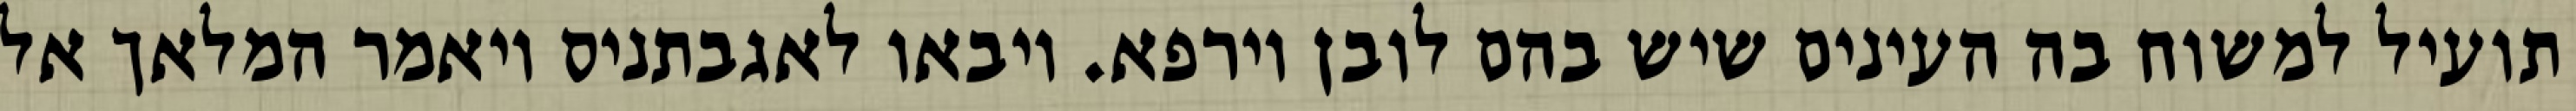
תועיל למשוח בה העינים שיש בהם לובן וירפא. ויבאו לאגבתניס ויאמר המלאך אל